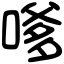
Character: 嗲